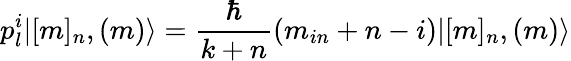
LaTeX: p_{l}^{i}|[m]_{n},(m)\rangle=\frac{\hbar}{k+n}(m_{in}+n-i)|[m]_{n},(m)\rangle